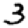
Digit: 3